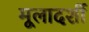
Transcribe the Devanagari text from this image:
मूलादर्शी